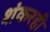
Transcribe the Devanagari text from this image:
शंकरही